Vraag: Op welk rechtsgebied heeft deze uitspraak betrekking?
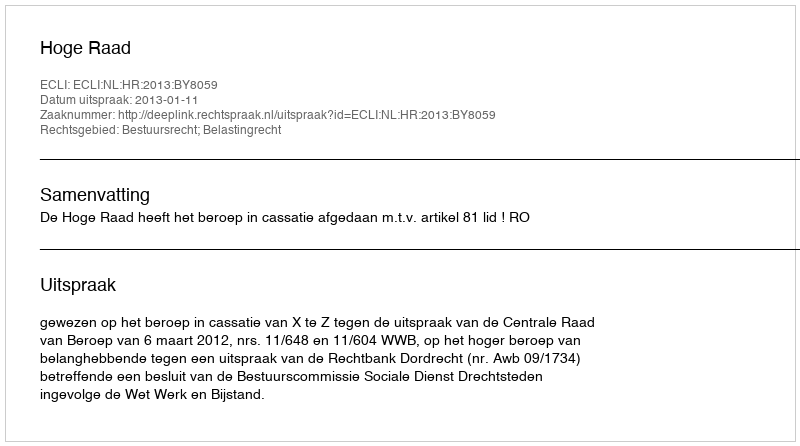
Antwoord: Bestuursrecht; Belastingrecht